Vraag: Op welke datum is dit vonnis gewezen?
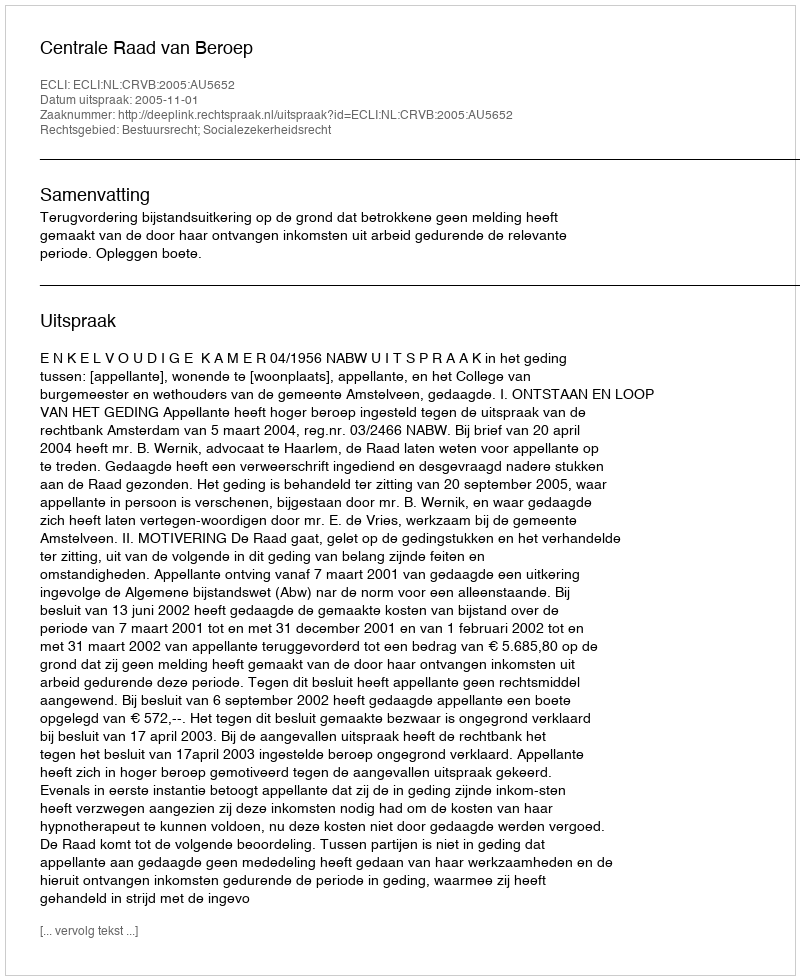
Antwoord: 2005-11-01